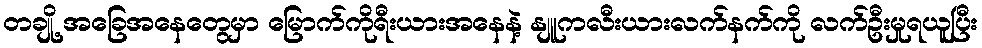
တချို့ အခြေအနေတွေမှာ မြောက်ကိုရီးယားအနေနဲ့ နျူကလီးယားလက်နက်ကို လက်ဦးမှုရယူပြီး